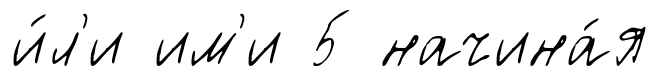
и́л'и им'и 5 начина́я